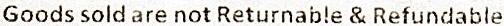
GOODS SOLD ARE NOT RETURNABLE & REFUNDABLE